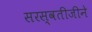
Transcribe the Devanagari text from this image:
सरस्वतीजीने